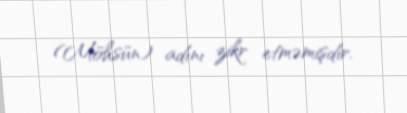
(Möhsün) adını zikr etməmişdir.